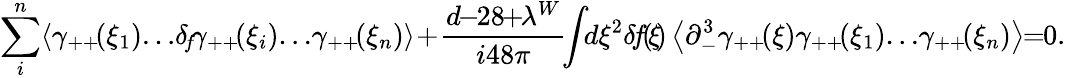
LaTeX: \sum_{i}^{n}\! \left<\gamma_{++}\! (\xi_{1})\! \dots\! \delta_{\! f}\! \gamma_{++}\! (\xi_{i})\! \dots\! \gamma_{++}\! (\xi_{n})\right>\! +\! \frac{d\! \! -\! \! 28\! \! +\! \! \lambda^{W}}{i48\pi}\! \! \int\! \! d\xi^{2}\! \, \delta\! f\! (\! \xi\! )\left<\partial_{-}^{3}\gamma_{++}\! (\xi)\gamma_{++}\! (\xi_{1})\! \dots\! \gamma_{++}\! (\xi_{n})\right>\! \! =\! \! 0.